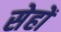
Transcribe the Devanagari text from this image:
सेहों